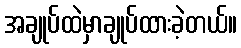
အချုပ်ထဲမှာချုပ်ထားခဲ့တယ်။